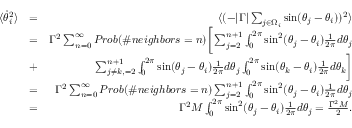
\begin{array} { r l r } { \langle \dot { \theta } _ { i } ^ { 2 } \rangle } & { = } & { \langle ( - | \Gamma | \sum _ { j \in \Omega _ { i } } \sin ( \theta _ { j } - \theta _ { i } ) ) ^ { 2 } \rangle } \\ & { = } & { \Gamma ^ { 2 } \sum _ { n = 0 } ^ { \infty } P r o b ( \# n e i g h b o r s = n ) \bigg [ \sum _ { j = 2 } ^ { n + 1 } \int _ { 0 } ^ { 2 \pi } \sin ^ { 2 } ( \theta _ { j } - \theta _ { i } ) \frac { 1 } { 2 \pi } d \theta _ { j } } \\ & { + } & { \sum _ { j \neq k , = 2 } ^ { n + 1 } \int _ { 0 } ^ { 2 \pi } \sin ( \theta _ { j } - \theta _ { i } ) \frac { 1 } { 2 \pi } d \theta _ { j } \int _ { 0 } ^ { 2 \pi } \sin ( \theta _ { k } - \theta _ { i } ) \frac { 1 } { 2 \pi } d \theta _ { k } \bigg ] } \\ & { = } & { \Gamma ^ { 2 } \sum _ { n = 0 } ^ { \infty } P r o b ( \# n e i g h b o r s = n ) \sum _ { j = 2 } ^ { n + 1 } \int _ { 0 } ^ { 2 \pi } \sin ^ { 2 } ( \theta _ { j } - \theta _ { i } ) \frac { 1 } { 2 \pi } d \theta _ { j } } \\ & { = } & { \Gamma ^ { 2 } M \int _ { 0 } ^ { 2 \pi } \sin ^ { 2 } ( \theta _ { j } - \theta _ { i } ) \frac { 1 } { 2 \pi } d \theta _ { j } = \frac { \Gamma ^ { 2 } M } { 2 } . } \end{array}